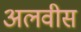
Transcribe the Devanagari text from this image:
अलवीस